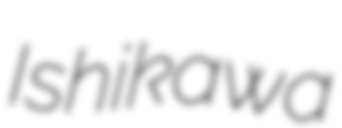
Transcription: Ishikawa